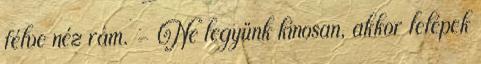
félve néz rám. - Ne legyünk kínosan, akkor lelépek